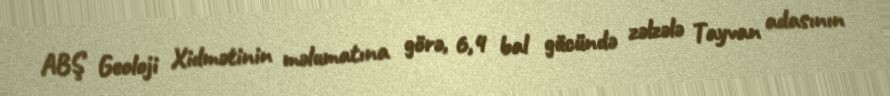
ABŞ Geoloji Xidmətinin məlumatına görə, 6,4 bal gücündə zəlzələ Tayvan adasının